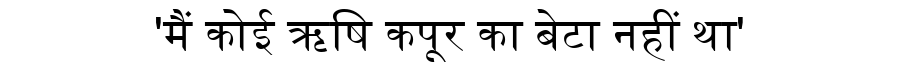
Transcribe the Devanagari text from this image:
'मैं कोई ऋषि कपूर का बेटा नहीं था'